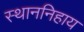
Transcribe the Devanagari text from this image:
स्थाननिहाय